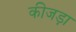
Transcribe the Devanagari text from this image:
कीजड़ा